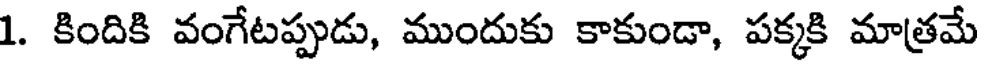
1. కిందికి వంగేటప్పుడు, ముందుకు కాకుండా, పక్కకి మాత్రమే